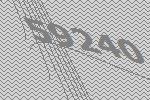
59240